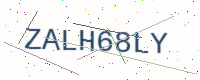
Text: ZALH68LY